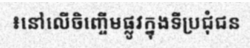
៖នៅលើចិញ្ចើមផ្លូវក្នុងទីប្រជុំជន